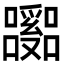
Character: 𡄹